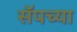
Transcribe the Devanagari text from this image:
सॅपच्या